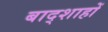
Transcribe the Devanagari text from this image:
बाद्शाहों